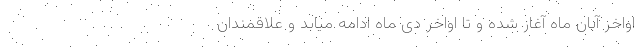
اواخر آبان ماه آغاز شده و تا اواخر دی ماه ادامه میابد و علاقمندان